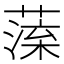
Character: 𦺁